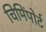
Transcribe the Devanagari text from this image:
चिमिंपोर्ट